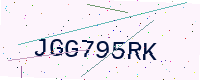
Text: JGG795RK